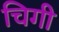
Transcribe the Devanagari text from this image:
चिगी